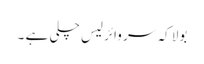
بولا کہ سر وائرلیس چلی ہے ۔